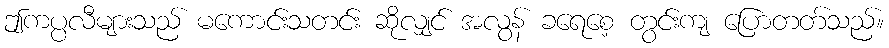
ဤကပ္ပလီများသည် မကောင်းသတင်း ဆိုလျှင် အလွန် ခရေစေ့ တွင်းကျ ပြောတတ်သည်။